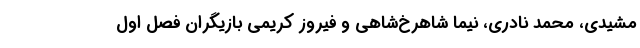
مشیدی، محمد نادری، نیما شاهرخ‌شاهی و فیروز کریمی بازیگران فصل اول